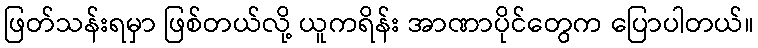
ဖြတ်သန်းရမှာ ဖြစ်တယ်လို့ ယူကရိန်း အာဏာပိုင်တွေက ပြောပါတယ်။